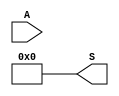
module resetar (A, S);

input  [3:0]A;
output  [3:0]S; 

assign S[0] = 0;
assign S[1] = 0;
assign S[2] = 0;
assign S[3] = 0;
 
endmodule